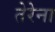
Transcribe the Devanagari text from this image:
तेरेना